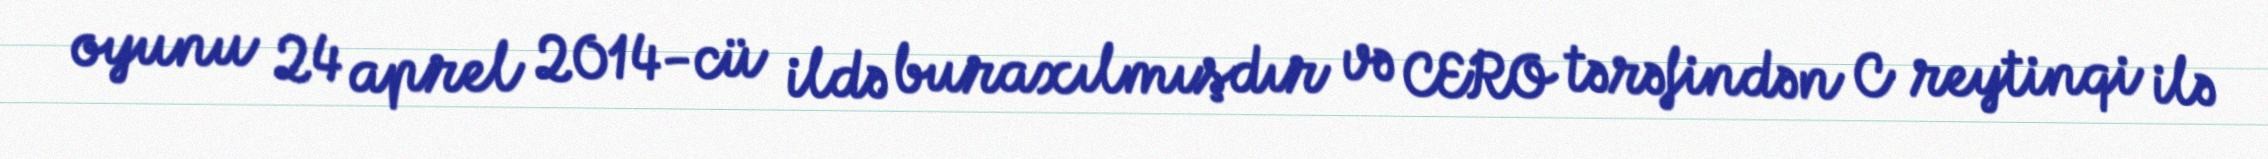
oyunu 24 aprel 2014-cü ildə buraxılmışdır və CERO tərəfindən C reytinqi ilə